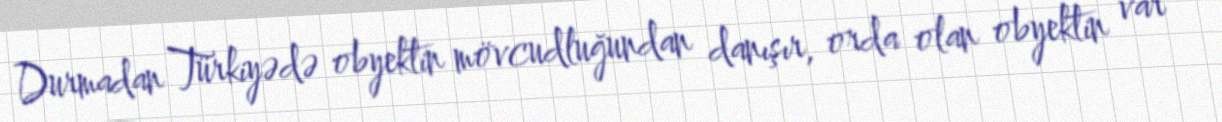
Durmadan Türkiyədə obyektin mövcudluğundan danışır, orda olan obyektin var